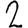
Digit: 2